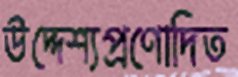
উদ্দেশ্যপ্রণোদিত